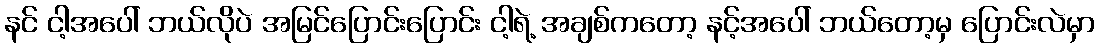
နင် ငါ့အပေါ် ဘယ်လိုပဲ အမြင်ပြောင်းပြောင်း ငါ့ရဲ့ အချစ်ကတော့ နင့်အပေါ် ဘယ်တော့မှ ပြောင်းလဲမှာ